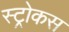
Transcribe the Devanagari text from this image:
स्ट्रोकस